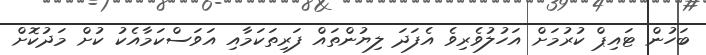
ބަހުން ޓައިޕް ކުރުމަށް އަހުލުވެރިވެ އެފަދަ ލިޔުންތައް ފަރިތަކަމާއި އަވަސްކަމާއެކު ކުށް މަދުކޮށް